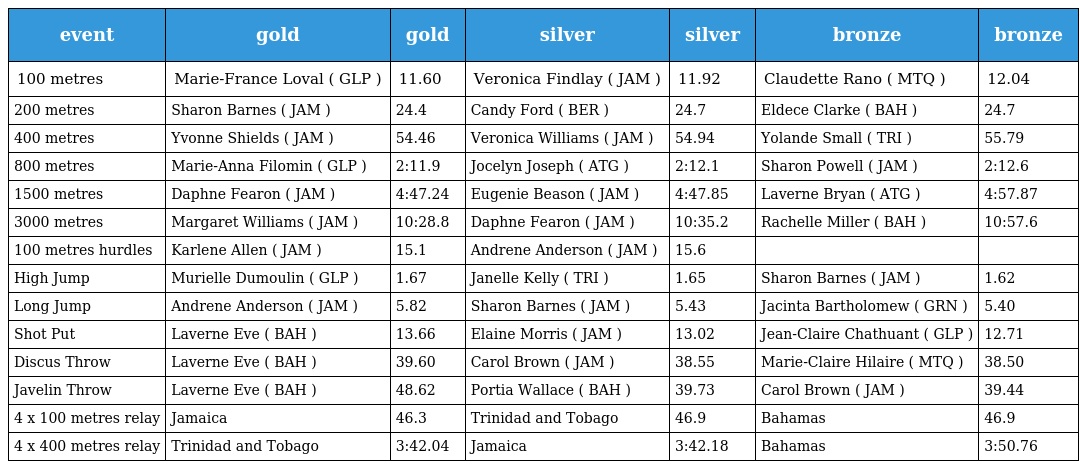
| event | gold | gold | silver | silver | bronze | bronze |
 | --- | --- | --- | --- | --- | --- | --- |
 | 100 metres | Marie-France Loval ( GLP ) | 11.60 | Veronica Findlay ( JAM ) | 11.92 | Claudette Rano ( MTQ ) | 12.04 |
 | 200 metres | Sharon Barnes ( JAM ) | 24.4 | Candy Ford ( BER ) | 24.7 | Eldece Clarke ( BAH ) | 24.7 |
 | 400 metres | Yvonne Shields ( JAM ) | 54.46 | Veronica Williams ( JAM ) | 54.94 | Yolande Small ( TRI ) | 55.79 |
 | 800 metres | Marie-Anna Filomin ( GLP ) | 2:11.9 | Jocelyn Joseph ( ATG ) | 2:12.1 | Sharon Powell ( JAM ) | 2:12.6 |
 | 1500 metres | Daphne Fearon ( JAM ) | 4:47.24 | Eugenie Beason ( JAM ) | 4:47.85 | Laverne Bryan ( ATG ) | 4:57.87 |
 | 3000 metres | Margaret Williams ( JAM ) | 10:28.8 | Daphne Fearon ( JAM ) | 10:35.2 | Rachelle Miller ( BAH ) | 10:57.6 |
 | 100 metres hurdles | Karlene Allen ( JAM ) | 15.1 | Andrene Anderson ( JAM ) | 15.6 |  |  |
 | High Jump | Murielle Dumoulin ( GLP ) | 1.67 | Janelle Kelly ( TRI ) | 1.65 | Sharon Barnes ( JAM ) | 1.62 |
 | Long Jump | Andrene Anderson ( JAM ) | 5.82 | Sharon Barnes ( JAM ) | 5.43 | Jacinta Bartholomew ( GRN ) | 5.40 |
 | Shot Put | Laverne Eve ( BAH ) | 13.66 | Elaine Morris ( JAM ) | 13.02 | Jean-Claire Chathuant ( GLP ) | 12.71 |
 | Discus Throw | Laverne Eve ( BAH ) | 39.60 | Carol Brown ( JAM ) | 38.55 | Marie-Claire Hilaire ( MTQ ) | 38.50 |
 | Javelin Throw | Laverne Eve ( BAH ) | 48.62 | Portia Wallace ( BAH ) | 39.73 | Carol Brown ( JAM ) | 39.44 |
 | 4 x 100 metres relay | Jamaica | 46.3 | Trinidad and Tobago | 46.9 | Bahamas | 46.9 |
 | 4 x 400 metres relay | Trinidad and Tobago | 3:42.04 | Jamaica | 3:42.18 | Bahamas | 3:50.76 |